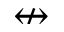
\nleftrightarrow